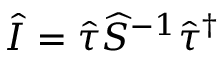
\widehat { I } = \widehat { \tau } \widehat { S } ^ { - 1 } \widehat { \tau } ^ { \dagger }